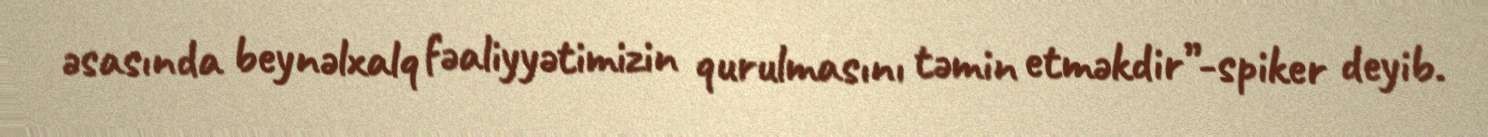
əsasında beynəlxalq fəaliyyətimizin qurulmasını təmin etməkdir”-spiker deyib.